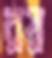
রয়